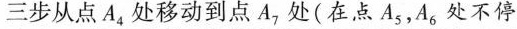
三步从点A_{4}处移动到点A_{7}处(在点A_{5}，A_{6}处不停